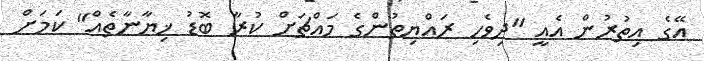
އޭގެ އިތުރުން އެއީ "ދިވެހި ރައްޔިތުންގެ މައްޗަށް ކުރާ ބޮޑު ޚިޔާނާތެއް" ކަމަށް